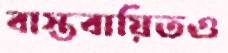
বাস্তবায়িতও